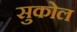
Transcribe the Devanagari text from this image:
सुकोल